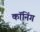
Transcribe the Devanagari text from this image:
कॉनिंग